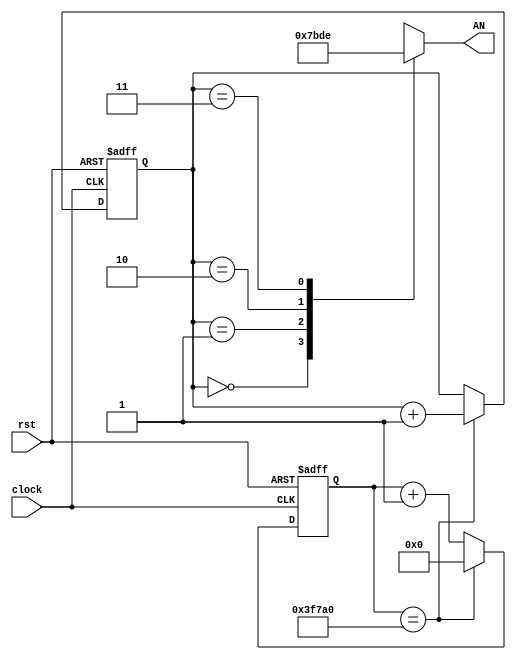
module clock_3(clock, AN, rst);
	input clock;
	input rst;
	output reg [3:0] AN; 
	reg [1:0] Bit_Sel;
	reg [17:0] count;
	always@(posedge clock or posedge rst)
	begin
		if(rst)
			begin
				Bit_Sel <= 2'b00;
				count <= 18'd0;
			end
		else
			begin
				if (count == 18'd260000)
					begin
						Bit_Sel <= Bit_Sel + 1'b1;
						count <=18'd0;
					end
				else
					begin
						count <= count + 1'b1;
					end
			end
	end
	always @(*)
	begin
		case (Bit_Sel)
			2'b00: AN <= 4'b0111;
			2'b01: AN <= 4'b1011;
			2'b10: AN <= 4'b1101;
			2'b11: AN <= 4'b1110;
			default: AN <= 4'b0000;
		endcase
	end
endmodule